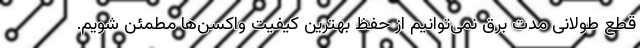
قطع طولانی مدت برق نمی‌توانیم از حفظ بهترین کیفیت واکسن‌ها مطمئن شویم.